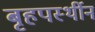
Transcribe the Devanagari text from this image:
बृहपर्स्थीन